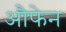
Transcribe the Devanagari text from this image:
औफेन